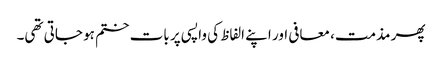
پھر مذمت، معافی اور اپنے الفاظ کی واپسی پر بات ختم ہو جاتی تھی۔